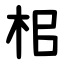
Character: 㭒